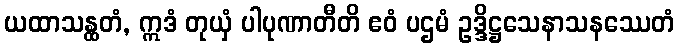
ယထာသန္ထတံ, ဣဒံ တုယှံ ပါပုဏာတီတိ ဧဝံ ပဌမံ ဥဒ္ဒိဋ္ဌသေနာသနဿေတံ